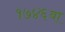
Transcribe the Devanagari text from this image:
१७४६वा